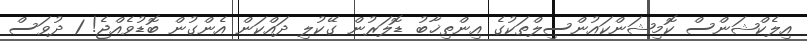
އިލެކްޝަންސް ކޮމިޝަންކައުންސިލްތަކުގެ އިންތިޚާބު ޑޮލަރުން ގޭކުލި ދައްކަން އެންގުން ބޮޑުވެއްޖެ! 1 ދުވަސް